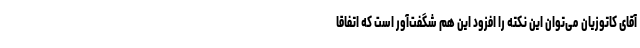
آقای کاتوزیان می‌توان این نکته را افزود این هم شگفت‌آور است که اتفاقا